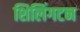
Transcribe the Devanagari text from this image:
शिलिंगटन